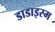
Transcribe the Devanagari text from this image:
डाडाइस्म